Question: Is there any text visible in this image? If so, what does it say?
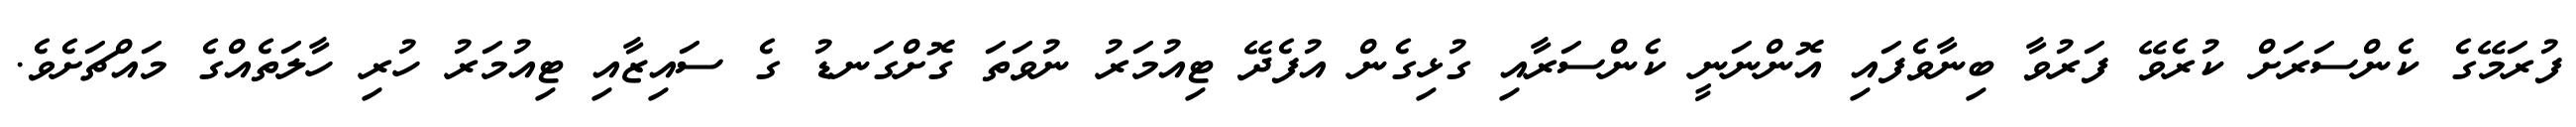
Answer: ފުރަމޭގެ ކެންސަރަށް ކުރެވޭ ފަރުވާ ބިނާވެފައި އޮންނަނީ ކެންސަރާއި ގުޅިގެން އުފެދޭ ޓިއުމަރު ނުވަތަ ގޮށްގަނޑު ގެ ސައިޒާއި ޓިއުމަރު ހުރި ހާލަތެއްގެ މައްޗަށެވެ.